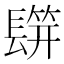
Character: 𨲡